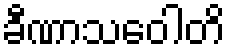
ခီဏာသဝေါတိ